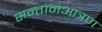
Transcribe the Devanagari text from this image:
सन्तानआत्रण